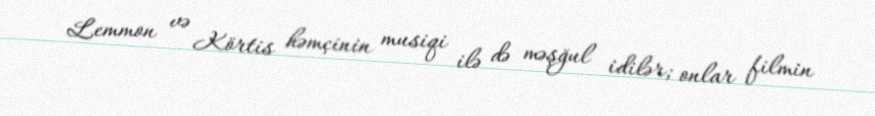
Lemmon və Körtis həmçinin musiqi ilə də məşğul idilər; onlar filmin